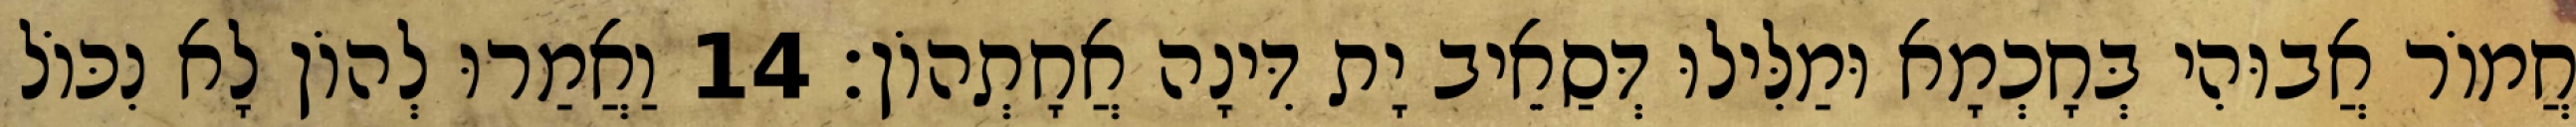
חֲמוֹר אֲבוּהִי בְּחָכְמָא וּמַלִּילוּ דְּסַאֵיב יָת דִּינָה אֲחָתְהוֹן׃ 14 וַאֲמַרוּ לְהוֹן לָא נִכּוֹל